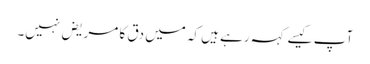
آپ کیسے کہہ رہے ہیں کہ میں دق کا مریض نہیں۔